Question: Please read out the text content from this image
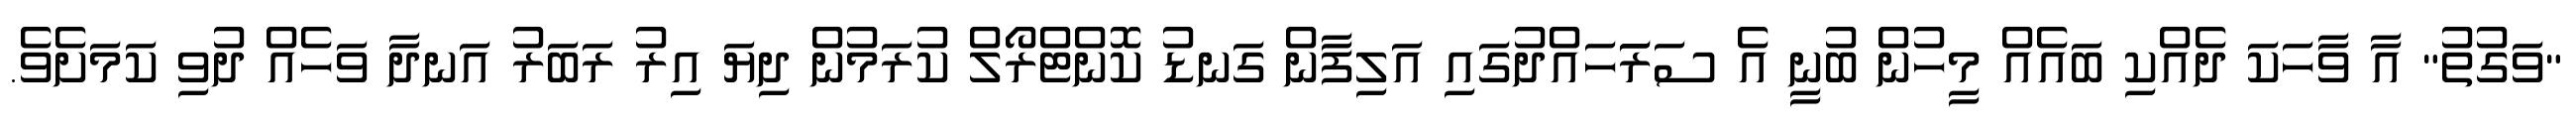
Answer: "ވަގުތު" އާ ވާހަކަ ދެއްކި ބައެއް މީހުން ބުނީ އެ ސަރަަހައްދުގައި އަލިފާން ގަނޑު ކޮންޓްރޯލް ކުރަމުން ދިޔަ އިރު ރަބަރު އަނދާ ވަހެއް ދުވި ކަމަށެވެ.